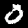
Digit: 0